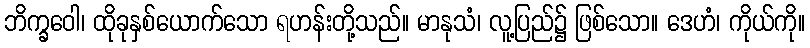
ဘိက္ခဝေါ၊ ထိုခုနှစ်ယောက်သော ရဟန်းတို့သည်။ မာနုသံ၊ လူ့ပြည်၌ ဖြစ်သော။ ဒေဟံ၊ ကိုယ်ကို။